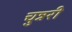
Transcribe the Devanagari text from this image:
चुन्नरी